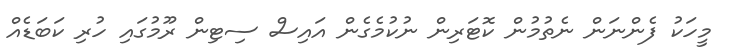
މީހަކު ފެންނަން ނެތުމުން ކޮޓަރިން ނުކުމެގެން އައިސް ސިޓިން ރޫމުގައި ހުރި ކަބަޑެއް